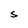
Character: S